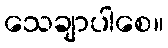
သေချာပါစေ။